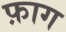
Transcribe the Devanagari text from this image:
फ़ाग